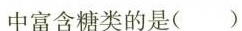
中富含糖类的是( )